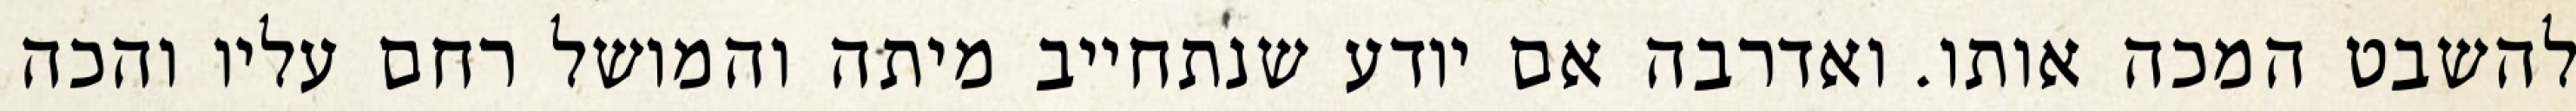
להשבט המכה אותו. ואדרבה אם יודע שנתחייב מיתה והמושל רחם עליו והכה